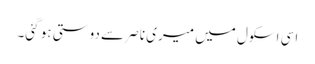
اسی اسکول میں میری ناصر سے دوستی ہو گئی۔